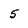
Character: 5